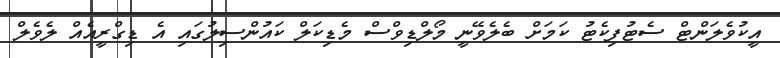
އީކުވެލަންޓް ސެޓުފިކެޓު ކަމަށް ބެލެވޭނީ މޯލްޑިވްސް މެޑިކަލް ކައުންސިލުގައި އެ ޑިގްރީއެއް ލެވެލް